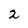
Character: 2